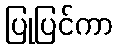
ပြုပြင်ကာ